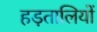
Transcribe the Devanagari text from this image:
हड़तालियों